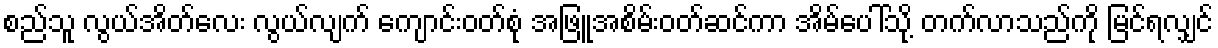
စည်သူ လွယ်အိတ်လေး လွယ်လျက် ကျောင်းဝတ်စုံ အဖြူအစိမ်းဝတ်ဆင်ကာ အိမ်ပေါ်သို့ တက်လာသည်ကို မြင်ရလျှင်